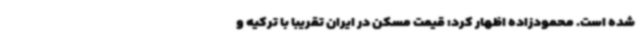
شده است. محمودزاده اظهار کرد: قیمت مسکن در ایران تقریبا با ترکیه و